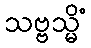
သဗ္ဗသ္မိံ